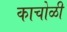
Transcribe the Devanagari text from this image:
काचोळी